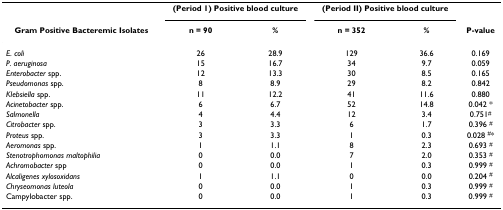
<table><thead><tr><td>[EMPTY_CELL]</td><td colspan="2"><b>(Period 1) Positive blood culture</b></td><td colspan="2"><b>(Period II) Positive blood culture</b></td><td>[EMPTY_CELL]</td></tr><tr><td><b>Gram Positive Bacteremic Isolates</b></td><td><b>n = 90</b></td><td><b>%</b></td><td><b>n = 352</b></td><td><b>%</b></td><td><b>P-value</b></td></tr></thead><tbody><tr><td><i>E. coli</i></td><td>26</td><td>28.9</td><td>129</td><td>36.6</td><td>0.169</td></tr><tr><td><i>P. aeruginosa</i></td><td>15</td><td>16.7</td><td>34</td><td>9.7</td><td>0.059</td></tr><tr><td><i>Enterobacter </i>spp.</td><td>12</td><td>13.3</td><td>30</td><td>8.5</td><td>0.165</td></tr><tr><td><i>Pseudomonas </i>spp.</td><td>8</td><td>8.9</td><td>29</td><td>8.2</td><td>0.842</td></tr><tr><td><i>Klebsiella </i>spp.</td><td>11</td><td>12.2</td><td>41</td><td>11.6</td><td>0.880</td></tr><tr><td><i>Acinetobacter </i>spp.</td><td>6</td><td>6.7</td><td>52</td><td>14.8</td><td>0.042 *</td></tr><tr><td><i>Salmonella</i></td><td>4</td><td>4.4</td><td>12</td><td>3.4</td><td>0.751<sup>#</sup></td></tr><tr><td><i>Citrobacter </i>spp.</td><td>3</td><td>3.3</td><td>6</td><td>1.7</td><td>0.396 <sup>#</sup></td></tr><tr><td><i>Proteus </i>spp.</td><td>3</td><td>3.3</td><td>1</td><td>0.3</td><td>0.028 <sup>#</sup>*</td></tr><tr><td><i>Aeromonas </i>spp.</td><td>1</td><td>1.1</td><td>8</td><td>2.3</td><td>0.693 <sup>#</sup></td></tr><tr><td><i>Stenotrophomonas maltophilia</i></td><td>0</td><td>0.0</td><td>7</td><td>2.0</td><td>0.353 <sup>#</sup></td></tr><tr><td><i>Achromobacter </i>spp</td><td>0</td><td>0.0</td><td>1</td><td>0.3</td><td>0.999 <sup>#</sup></td></tr><tr><td><i>Alcaligenes xylosoxidans</i></td><td>1</td><td>1.1</td><td>0</td><td>0.0</td><td>0.204 <sup>#</sup></td></tr><tr><td><i>Chryseomonas luteola</i></td><td>0</td><td>0.0</td><td>1</td><td>0.3</td><td>0.999 <sup>#</sup></td></tr><tr><td>Campylobacter spp.</td><td>0</td><td>0.0</td><td>1</td><td>0.3</td><td>0.999 <sup>#</sup></td></tr></tbody></table>